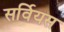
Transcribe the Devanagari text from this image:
सर्वियस